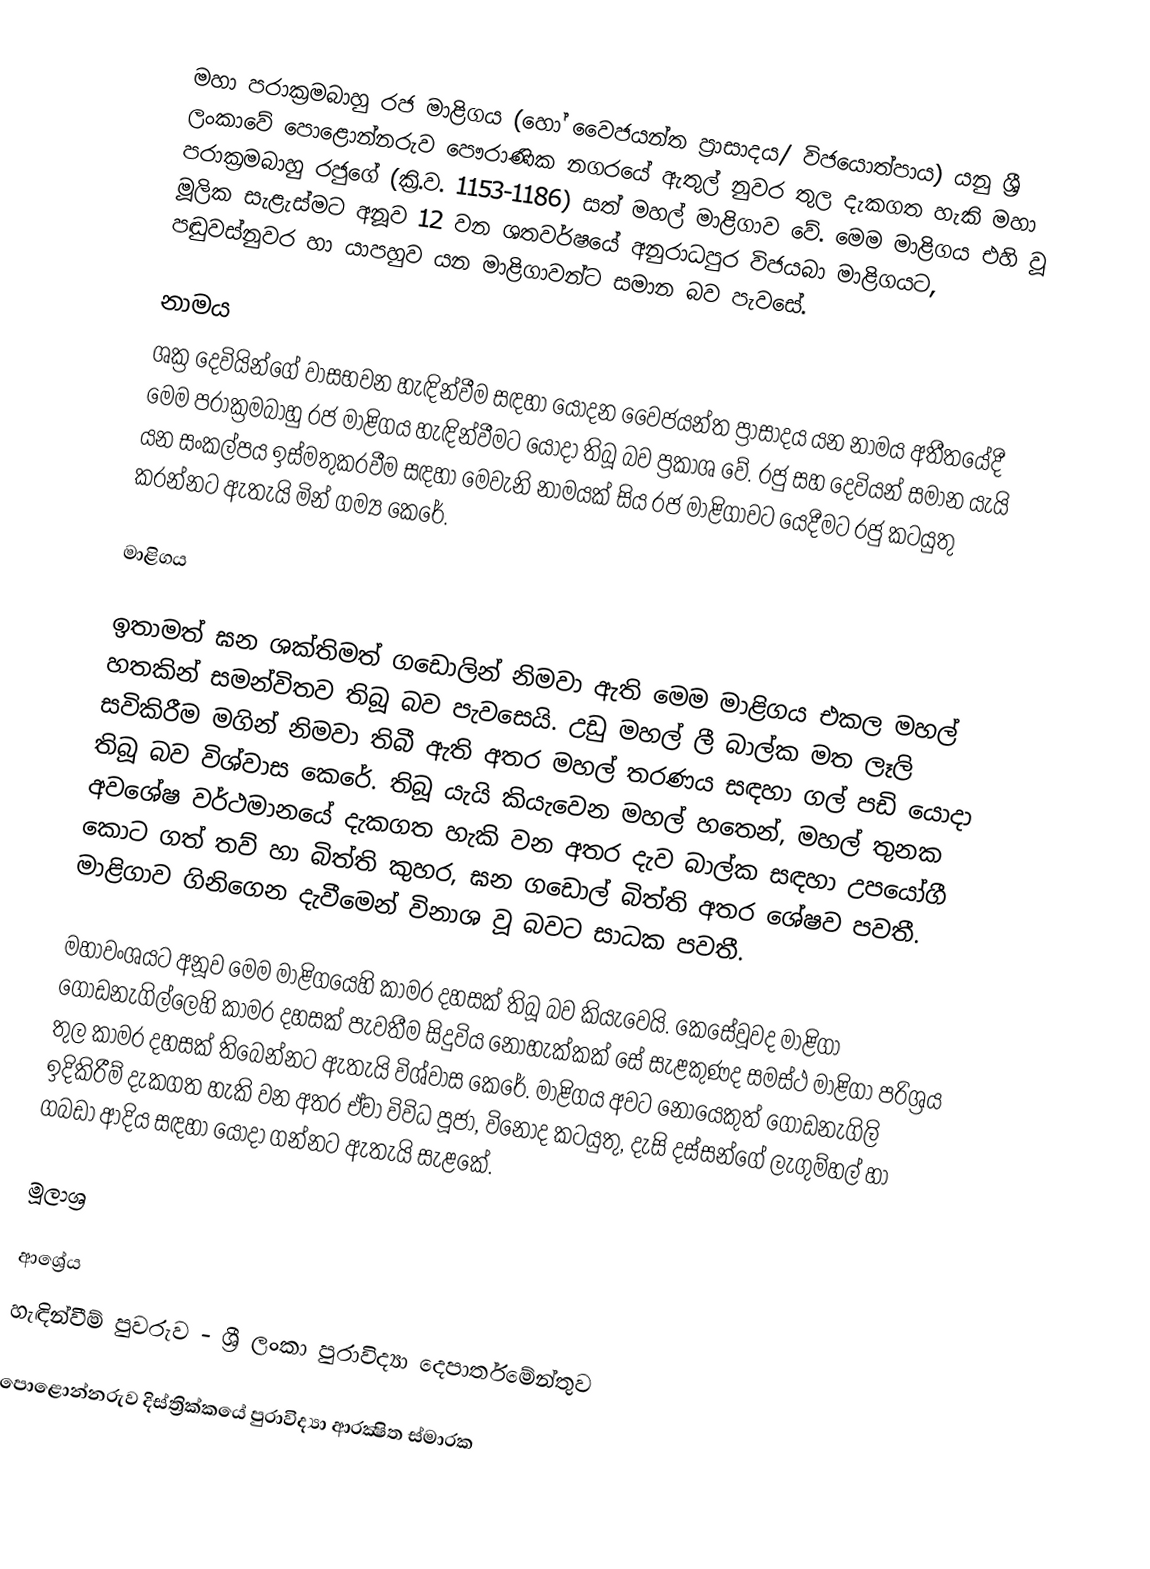
මහා පරාක්‍රමබාහු රජ මාළිගය (හෝ වෙෙජයන්ත ප්‍රාසාදය/ විජයොත්පාය) යනු ශ්‍රී ලංකාවේ පොළොන්නරුව පෞරාණික නගරයේ ඇතුල් නුවර තුල දැකගත හැකි මහා පරාක්‍රමබාහු රජුගේ (ක්‍රි.ව. 1153-1186) සත් මහල් මාළිගාව වේ. මෙම මාළිගය එහි වූ මූලික සැළැස්මට අනූව 12 වන ශතවර්ෂයේ අනුරාධපුර විජයබා මාළිගයට, පඬුවස්නුවර හා යාපහුව යන මාළිගාවන්ට සමාන බව පැවසේ.

නාමය
ශක්‍ර දෙවියින්ගේ වාසභවන හැඳින්වීම සඳහා යොදන වෙෙජයන්ත ප්‍රාසාදය යන නාමය අතීතයේදී මෙම පරාක්‍රමබාහු රජ මාළිගය හැඳින්වීමට යොදා තිබූ බව ප්‍රකාශ වේ. රජු සහ දෙවියන් සමාන යැයි යන සංකල්පය ඉස්මතුකරවීම සඳහා මෙවැනි නාමයක් සිය රජ මාළිගාවට යෙදීමට රජු කටයුතු කරන්නට ඇතැයි මින් ගම්‍ය කෙරේ.

මාළිගය

ඉතාමත් ඝන ශක්තිමත් ගඩොලින් නිමවා ඇති මෙම මාළිගය එකල මහල් හතකින් සමන්විතව තිබූ බව පැවසෙයි. උඩු මහල් ලී බාල්ක මත ලෑලි සවිකිරීම මගින් නිමවා තිබී ඇති අතර මහල් තරණය සඳහා ගල් පඩි යොදා තිබූ බව විශ්වාස කෙරේ. තිබූ යැයි කියැවෙන මහල් හතෙන්, මහල් තුනක අවශේෂ වර්ථමානයේ දැකගත හැකි වන අතර දැව බාල්ක සඳහා උපයෝගී කොට ගත් තව් හා බිත්ති කුහර, ඝන ගඩොල් බිත්ති අතර ශේෂව පවතී. මාළිගාව ගිනිගෙන දැවීමෙන් විනාශ වූ බවට සාධක පවතී.

මහාවංශයට අනූව මෙම මාළිගයෙහි කාමර දහසක් තිබූ බව කියැවෙයි. කෙසේවූවද මාළිගා ගොඩනැගිල්ලෙහි කාමර දහසක් පැවතීම සිදුවිය නොහැක්කක් සේ සැළකුණද සමස්ථ මාළිගා පරිශ්‍රය තුල කාමර දහසක් තිබෙන්නට ඇතැයි විශ්වාස කෙරේ. මාළිගය අවට නොයෙකුත් ගොඩනැගිලි ඉදිකිරීම් දැකගත හැකි වන අතර ඒවා විවිධ පූජා, විනෝද කටයුතු, දැසි දස්සන්ගේ ලැගුම්හල් හා ගබඩා ආදිය සඳහා යොදා ගන්නට ඇතැයි සැළකේ.

මූලාශ්‍ර

ආශ්‍රේය
හැඳින්වීම් පුවරුව - ශ්‍රී ලංකා පුරාවිද්‍යා දෙපාර්තමේන්තුව

පොළොන්නරුව දිස්ත්‍රික්කයේ පුරාවිද්‍යා ආරක්‍ෂිත ස්මාරක